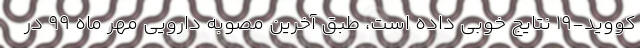
کووید-۱۹ نتایج خوبی داده است، طبق آخرین مصوبه دارویی مهر ماه ۹۹ در